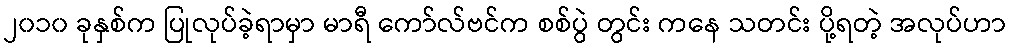
၂၀၁၀ ခုနှစ်က ပြုလုပ်ခဲ့ရာမှာ မာရီ ကော်လ်ဗင်က စစ်ပွဲ တွင်း ကနေ သတင်း ပို့ရတဲ့ အလုပ်ဟာ